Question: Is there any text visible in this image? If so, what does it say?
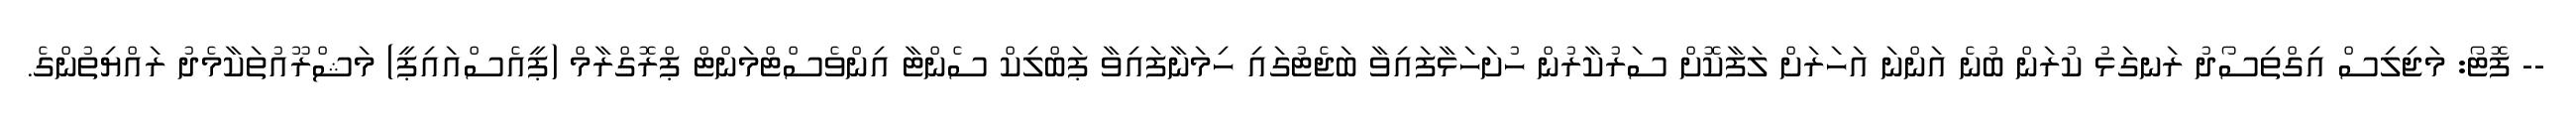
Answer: -- ފޮޓޯ: މަޖިލިސް އިގްތިސޯދު ރަނގަޅު ކުރަން ބުނެ އަންނަ އަހަރަށް ލަފާކޮށް ސަރުކާރުން ހުށަހަޅާފައިވާ ބަޖެޓުގައި ހިމަނާފައިވާ ޕަބްލިކް ސެންޓާ އިންވެސްޓްމަންޓް ޕްރޮގްރާމް (ޕީއެސްއައިޕީ) މަޝްރޫއުތަކާމެދު ރައްޔިތުންގެ.